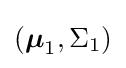
({\boldsymbol {\mu }}_{1},\Sigma _{1})